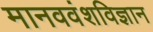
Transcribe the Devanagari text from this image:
मानववंशविज्ञान